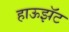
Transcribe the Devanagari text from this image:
हाऊझॅट